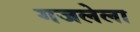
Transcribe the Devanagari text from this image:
गजलेला